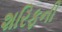
શરિફની